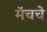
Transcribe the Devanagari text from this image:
मॅचचे